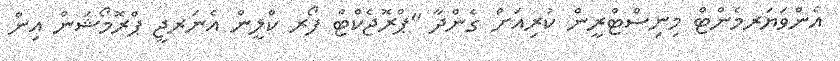
އެންވަޔަރމެންޓް މިނިސްޓްރީން ކުރިއަށް ގެންދާ "ޕްރޮޖެކްޓް ފޯރ ކްލީން އެނަރޖީ ޕްރޮމޯޝަން އިން